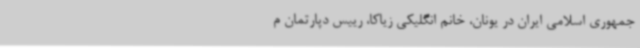
جمهوری اسلامی ایران در یونان، خانم انگلیکی زیاکا، رییس دپارتمان م